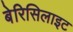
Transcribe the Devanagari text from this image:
बेरिसिलाइट